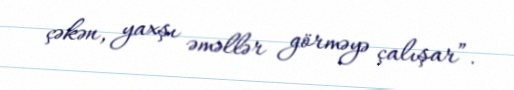
çəkən, yaxşı əməllər görməyə çalışar”.